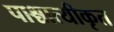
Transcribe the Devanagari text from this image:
पाश्चात्यीकृत